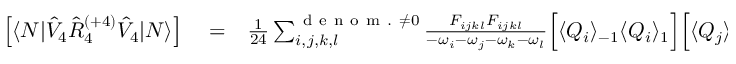
\begin{array} { r l r } { \left[ \langle N | \hat { V } _ { 4 } \hat { R } _ { 4 } ^ { ( + 4 ) } \hat { V } _ { 4 } | N \rangle \right] } & { { } = } & { \frac { 1 } { 2 4 } \sum _ { i , j , k , l } ^ { { \mathrm { ~ d ~ e ~ n ~ o ~ m ~ . ~ } \neq 0 } } \frac { F _ { i j k l } F _ { i j k l } } { - \omega _ { i } - \omega _ { j } - \omega _ { k } - \omega _ { l } } \Big [ \langle Q _ { i } \rangle _ { - 1 } \langle Q _ { i } \rangle _ { 1 } \Big ] \Big [ \langle Q _ { j } \rangle _ { - 1 } \langle Q _ { j } \rangle _ { 1 } \Big ] \Big [ \langle Q _ { k } \rangle _ { - 1 } \langle Q _ { k } \rangle _ { 1 } \Big ] \Big [ \langle Q _ { l } \rangle _ { - 1 } \langle Q _ { l } \rangle _ { 1 } \Big ] } \end{array}